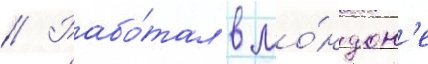
// Рабо́тал в ло́ндон'е